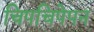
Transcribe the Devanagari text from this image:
चिपचिपेपन